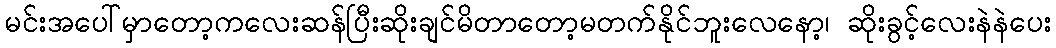
မင်းအပေါ်မှာတော့ကလေးဆန်ပြီးဆိုးချင်မိတာတော့မတက်နိုင်ဘူးလေနော့၊ ဆိုးခွင့်လေးနဲနဲပေး